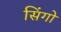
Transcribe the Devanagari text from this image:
सिंगो